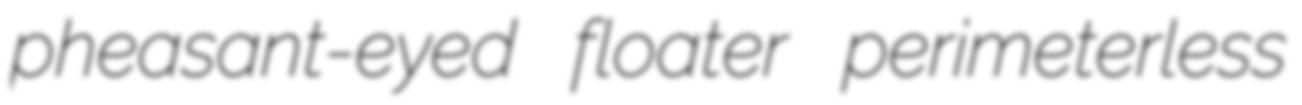
pheasant-eyed floater perimeterless